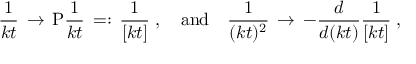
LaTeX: \frac { 1 } { k t } \, \to \, \mathrm { P } \frac { 1 } { k t } \, = : \, \frac { 1 } { [ k t ] } \; , \quad \mathrm { a n d } \quad \frac { 1 } { ( k t ) ^ { 2 } } \, \to \, - \frac { d } { d ( k t ) } \frac { 1 } { [ k t ] } \; ,